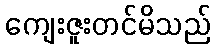
ကျေးဇူးတင်မိသည်